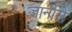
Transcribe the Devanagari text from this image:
जानीरो